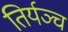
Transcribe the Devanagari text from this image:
तिर्यञ्च